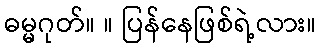
ဓမ္မဂုတ်။ ။ ပြန်နေဖြစ်ရဲ့လား။